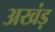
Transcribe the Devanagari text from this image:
अखंड़